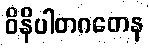
ဝိနိပါတဂတေန